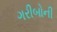
ગરીબોની